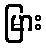
မြား